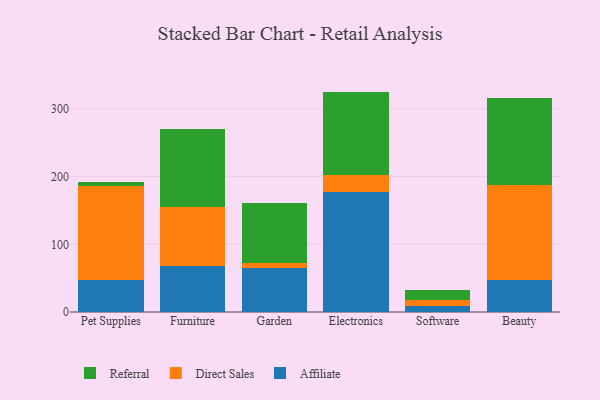
{"axis": {"x": "Category", "y": "Tickets Resolved"}, "legend": ["Affiliate", "Direct Sales", "Referral"], "data": [{"x": "Pet Supplies", "y": 46.9, "type": "Affiliate"}, {"x": "Pet Supplies", "y": 139.1, "type": "Direct Sales"}, {"x": "Pet Supplies", "y": 5.7, "type": "Referral"}, {"x": "Furniture", "y": 67.6, "type": "Affiliate"}, {"x": "Furniture", "y": 86.8, "type": "Direct Sales"}, {"x": "Furniture", "y": 116.5, "type": "Referral"}, {"x": "Garden", "y": 64.4, "type": "Affiliate"}, {"x": "Garden", "y": 8.5, "type": "Direct Sales"}, {"x": "Garden", "y": 87.5, "type": "Referral"}, {"x": "Electronics", "y": 177.6, "type": "Affiliate"}, {"x": "Electronics", "y": 25.4, "type": "Direct Sales"}, {"x": "Electronics", "y": 122.6, "type": "Referral"}, {"x": "Software", "y": 9.1, "type": "Affiliate"}, {"x": "Software", "y": 9.0, "type": "Direct Sales"}, {"x": "Software", "y": 14.6, "type": "Referral"}, {"x": "Beauty", "y": 47.6, "type": "Affiliate"}, {"x": "Beauty", "y": 140.1, "type": "Direct Sales"}, {"x": "Beauty", "y": 127.8, "type": "Referral"}]}